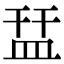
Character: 㿼